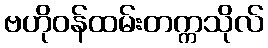
ဗဟိုဝန်ထမ်းတက္ကသိုလ်